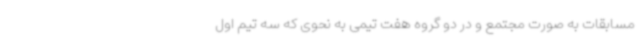
مسابقات به صورت مجتمع و در دو گروه هفت تیمی به نحوی که سه تیم اول